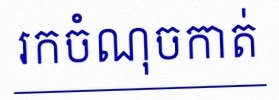
រកចំណុចកាត់